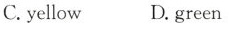
C. yellow D.green